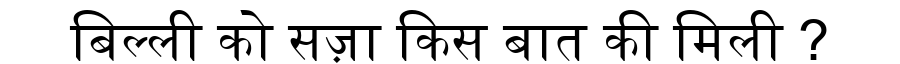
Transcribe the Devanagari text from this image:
बिल्ली को सज़ा किस बात की मिली ?